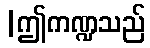
|ဤကဏ္ဍသည်